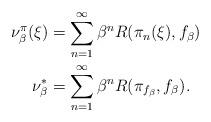
LaTeX: \begin{align*} \nu^\pi_\beta(\xi)&= \sum_{n=1}^\infty \beta^n R(\pi_{n}(\xi),f_\beta)\\ \nu^\ast_\beta &= \sum_{n=1}^\infty \beta^n R(\pi_{f_\beta},f_\beta).\end{align*}